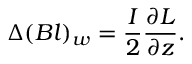
\Delta ( B l ) _ { w } = \frac { I } { 2 } \frac { \partial L } { \partial z } .